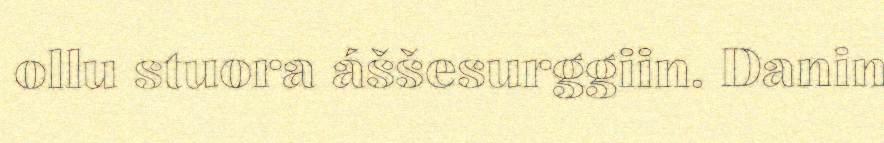
ollu stuora áššesurggiin. Danin